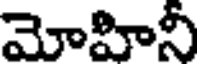
మోహినీ